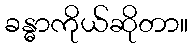
ခန္ဓာကိုယ်ဆိုတာ။